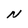
Character: N